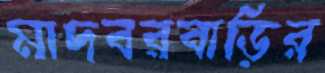
মাদবরবাড়ির